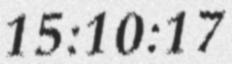
15:10:17